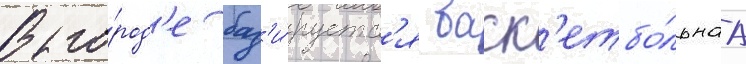
В го́род'е баз'и́руетс'я баск'етбо́льнаа